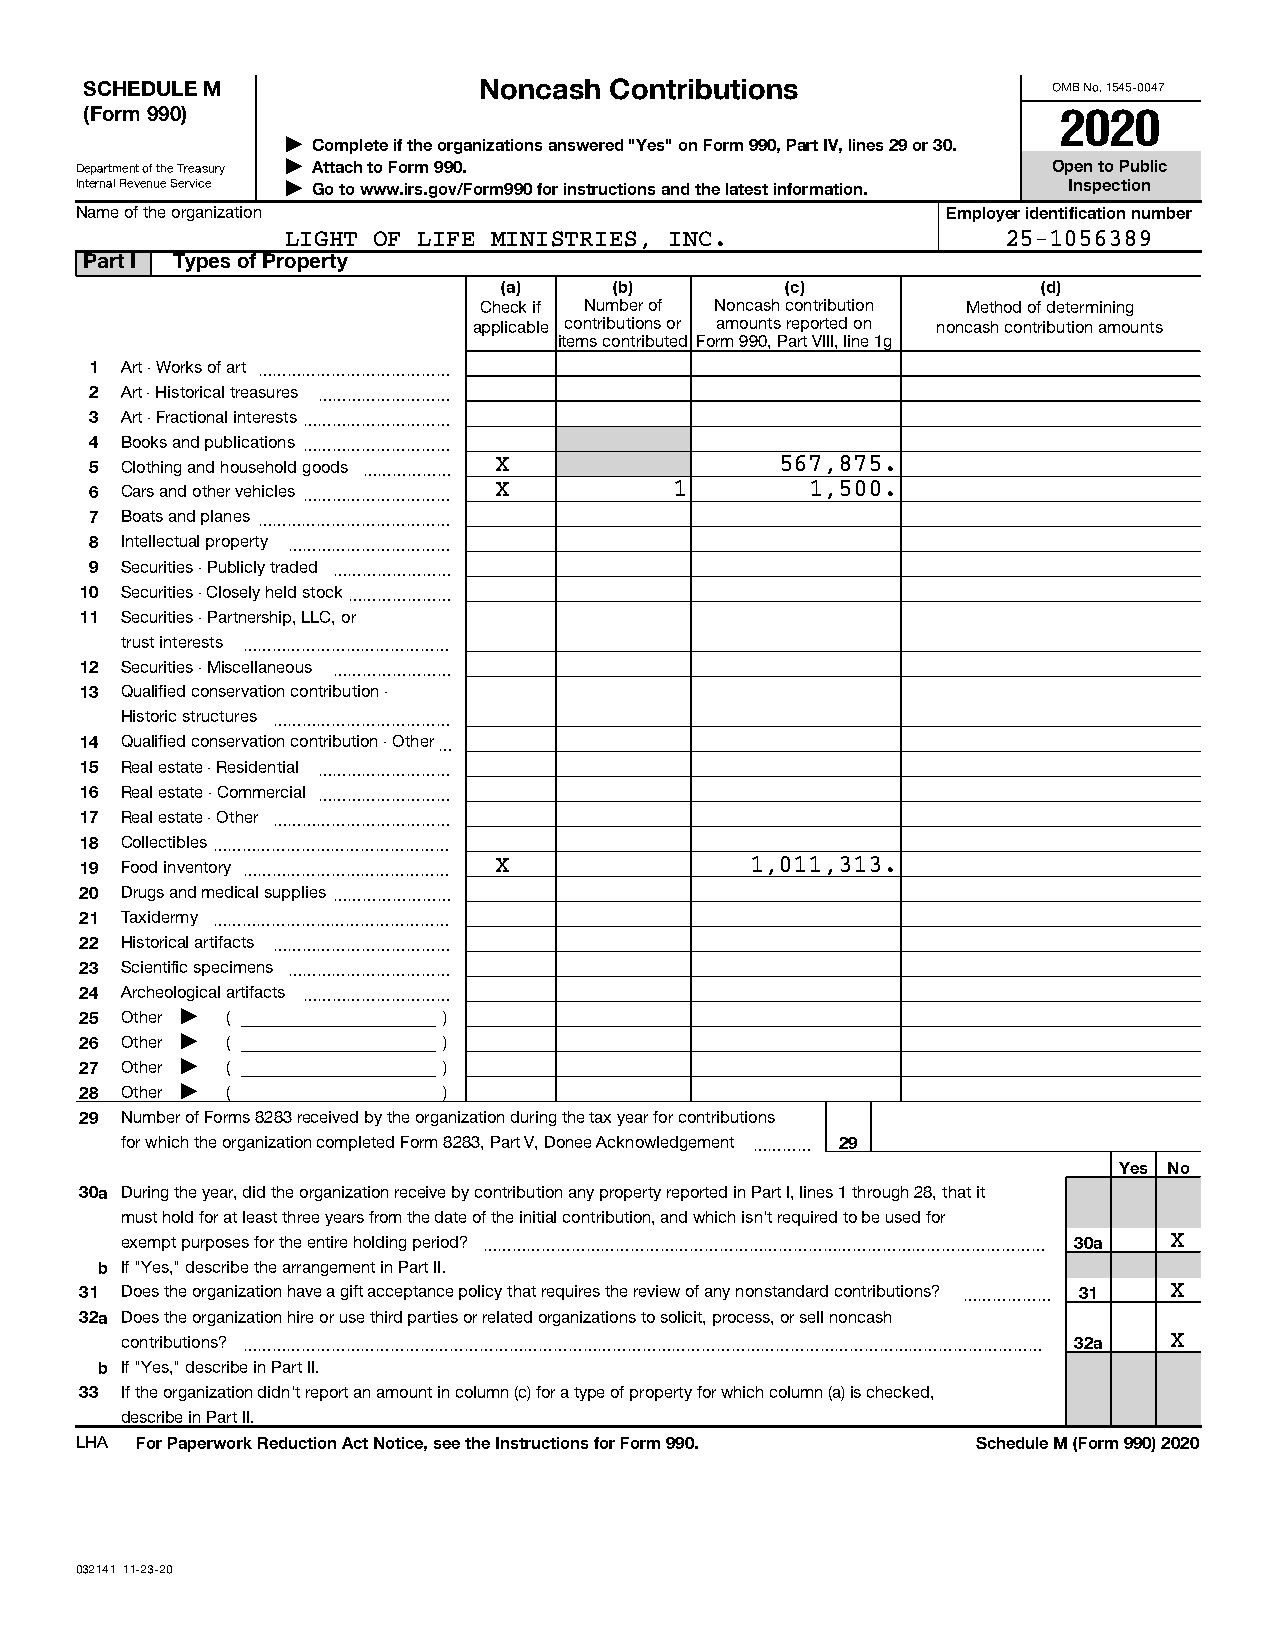
SCHEDULE M                Noncash Contributions                 OMB No. 1545-0047
 (Form 990)                                                      2020
 J Complete if the organizations answered "Yes" on Form 990, Part IV, lines 29 or 30.
 Department of the Treasury J Attach to Form 990.                 Open to Public
 Internal Revenue Service J Go to www.irs.gov/Form990 for instructions and the latest information. Inspection
 Name of the organization                                  Employer identification number
 LIGHT OF LIFE MINISTRIES, INC.                  25-1056389
 Part I Types of Property
 (a)     (b)        (c)              (d)
 Check if Number of Noncash contribution Method of determining
 applicable contributions or amounts reported on noncash contribution amounts
 items contributed Form 990, Part VIII, line 1g
 1 Art - Works of art ~~~~~~~~~~~~~
 2 Art - Historical treasures ~~~~~~~~~
 3 Art - Fractional interests~~~~~~~~~~
 4 Books and publications~~~~~~~~~~
 5 Clothing and household goods ~~~~~~ X       567,875.
 6 Cars and other vehicles~~~~~~~~~~ X  1        1,500.
 7 Boats and planes~~~~~~~~~~~~~
 8 Intellectual property ~~~~~~~~~~~
 9 Securities - Publicly traded ~~~~~~~~
 10 Securities - Closely held stock~~~~~~~
 11 Securities - Partnership, LLC, or
 trust interests ~~~~~~~~~~~~~~
 12 Securities - Miscellaneous ~~~~~~~~
 13 Qualified conservation contribution -
 Historic structures ~~~~~~~~~~~~
 14 Qualified conservation contribution - Other~
 15 Real estate - Residential ~~~~~~~~~
 16 Real estate - Commercial ~~~~~~~~~
 17 Real estate - Other ~~~~~~~~~~~~
 18 Collectibles~~~~~~~~~~~~~~~~
 19 Food inventory ~~~~~~~~~~~~~~ X           1,011,313.
 20 Drugs and medical supplies~~~~~~~~
 21 Taxidermy ~~~~~~~~~~~~~~~~
 22 Historical artifacts ~~~~~~~~~~~~
 23 Scientific specimens ~~~~~~~~~~~
 24 Archeological artifacts ~~~~~~~~~~
 25 Other J (            )
 26 Other J (            )
 27 Other J (            )
 28 Other J (            )
 29 Number of Forms 8283 received by the organization during the tax year for contributions
 for which the organization completed Form 8283, Part V, Donee Acknowledgement ~~~~ 29
 Yes No
 30a During the year, did the organization receive by contribution any property reported in Part I, lines 1 through 28, that it
 must hold for at least three years from the date of the initial contribution, and which isn't required to be used for
 exempt purposes for the entire holding period? ~~~~~~~~~~~~~~~~~~~~~~~~~~~~~~~~~~~~~~ 30a X
 b If "Yes," describe the arrangement in Part II.
 31 Does the organization have a gift acceptance policy that requires the review of any nonstandard contributions? ~~~~~~ 31 X
 32a Does the organization hire or use third parties or related organizations to solicit, process, or sell noncash
 contributions? ~~~~~~~~~~~~~~~~~~~~~~~~~~~~~~~~~~~~~~~~~~~~~~~~~~~~~~ 32a X
 b If "Yes," describe in Part II.
 33 If the organization didn't report an amount in column (c) for a type of property for which column (a) is checked,
 describe in Part II.
 LHA For Paperwork Reduction Act Notice, see the Instructions for Form 990. Schedule M (Form 990) 2020
 032141 11-23-20